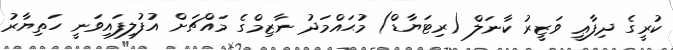
ކުރީގެ ދިފާޢީ ވަޒީރު ކާނަލް (ރިޓަޔާޑް) މުޙައްމަދު ނާޒިމްގެ މައްޗަށް އުފުލިފައިވަނީ ހަތިޔާރު